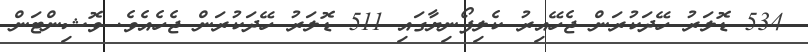
534 ޑޮލަރު ހޭދަކުރަން ޖެހޭއިރު ކެލިފޯނިޔާގައި 511 ޑޮލަރު ހޭދަކުރަން ޖެހެއެވެ. ވޮޝިންޓަން